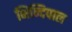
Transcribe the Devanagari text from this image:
भिन्दिपाल